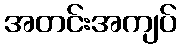
အတင်းအကျပ်